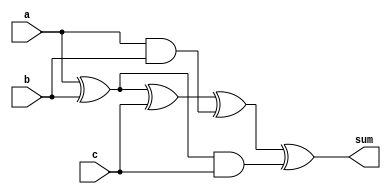
module carry_save_adder (
    input wire [7:0] a,
    input wire [7:0] b,
    input wire [7:0] c,
    output reg [7:0] sum
);

reg [7:0] ps1, ps2, ps3;
reg [7:0] co1, co2;

assign ps1 = a ^ b;
assign co1 = a & b;

assign ps2 = ps1 ^ c;
assign co2 = ps1 & c;

assign sum = ps2 ^ co1 ^ co2;

endmodule